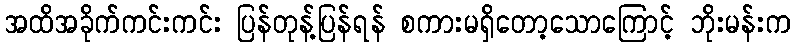
အထိအခိုက်ကင်းကင်း ပြန်တုန့်ပြန်ရန် စကားမရှိတော့သောကြောင့် ဘိုးမန်းက